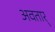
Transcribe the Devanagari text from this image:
अवतार्